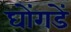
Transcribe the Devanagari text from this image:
घोंगडें